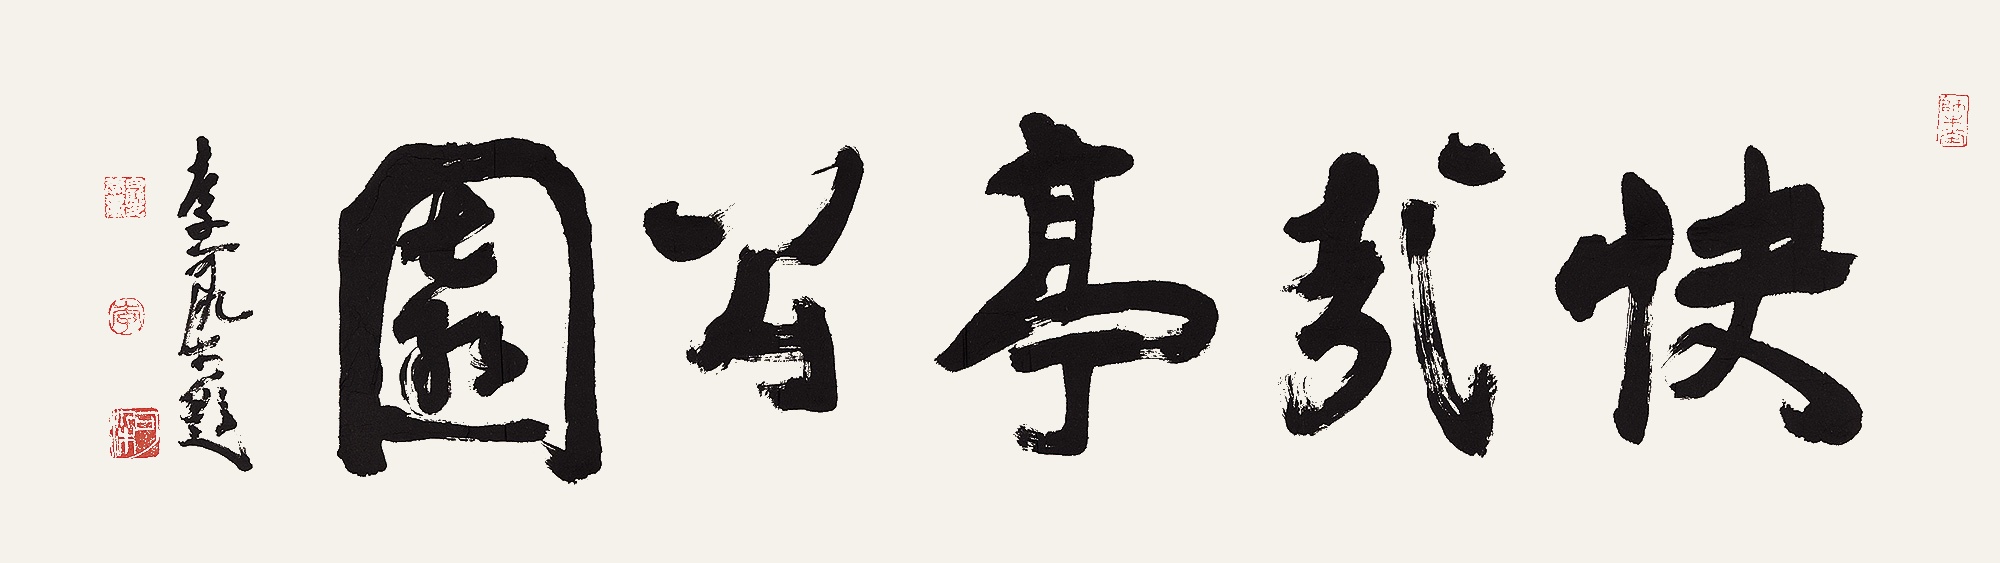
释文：快哉亭公园李可染题。